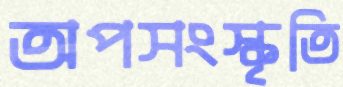
অপসংস্কৃতি